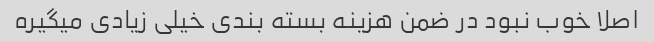
اصلا خوب نبود در ضمن هزینه بسته بندی خیلی زیادی میگیره